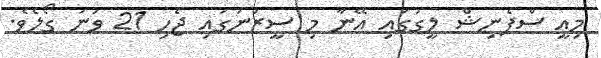
މިއީ ސްޕެނިޝް ލީގުގައި އޭނާ މި ސީޒަނުގައި ޖެހި 21 ވަނަ ގޯލެވެ.